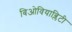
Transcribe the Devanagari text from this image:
बिओवियाब्लिटी